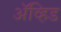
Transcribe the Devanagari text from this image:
अॅव्हिड